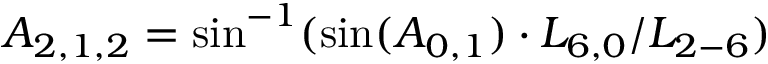
{ A _ { 2 , 1 , 2 } } = \sin ^ { - 1 } ( \sin ( { A _ { 0 , 1 } } ) \cdot { L _ { 6 , 0 } } / { L _ { 2 - 6 } } )